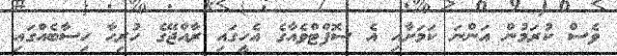
ވެސް ކުރަމުން އަންނަ ކަމަށާއި އެ ސޮފްޓްވެއާގެ އެހީގައި ރާއްޖޭގެ ހުރިހާ ހިސާބެއްގައި